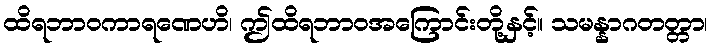
ထိရဘာဝကာရဏေဟိ၊ ဤထိရဘာဝအကြောင်းတို့နှင့်။ သမန္နာဂတတ္တာ၊